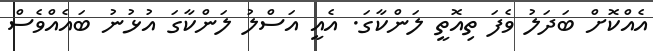
އެއްކޮށް ބަދަލު ވެފަ ތިއޮތީ ލަންކާގަ. އެއީ އަސްލު ލަންކާގަ އުޅުނު ބައެއްވެސް